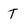
Character: t